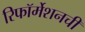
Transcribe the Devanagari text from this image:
रिफॉर्मेशनची